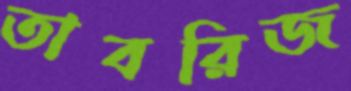
তাবরিজ